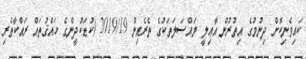
ކައިވެނިކޮށް ދިނުމުގެ އިތުރުން އާޢިލީ މައްސަލަތަކުގެ ތެރެއިން 2019/19 (ކުޑަކުދީންގެ ހައްޤުތައް ރައްކާތެރި